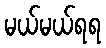
မယ်မယ်ရရ